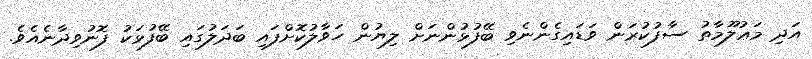
އަދި މަޢުލޫމާތު ސާފުކުރަން ވަޑައިގެންނެވި ބޭފުޅުންނަށް ލިޔުން ހަވާލުކޮށްފައި ބަދަލުގައި ބޭފުޅަކު ފޮނުވިދާނެއެވެ.